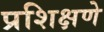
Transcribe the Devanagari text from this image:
प्रशिक्षणे